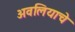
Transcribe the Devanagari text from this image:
अवलियाचे